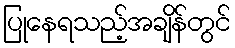
ပြုနေရသည့်အချိန်တွင်